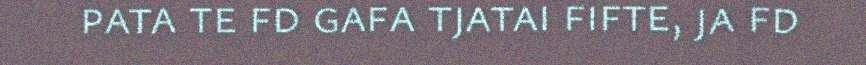
pata te fd gafa tjatai fifte, ja fd